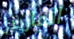
المارينز